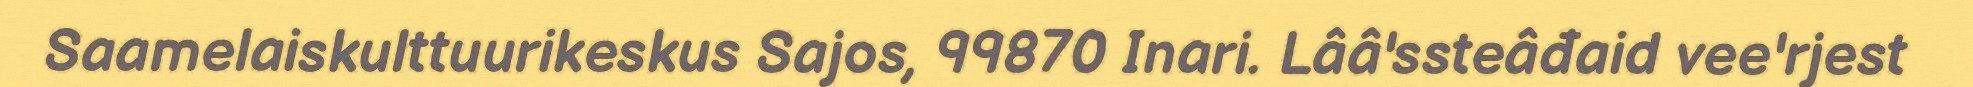
Saamelaiskulttuurikeskus Sajos, 99870 Inari. Lââ'ssteâđaid vee'rjest